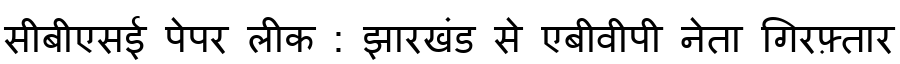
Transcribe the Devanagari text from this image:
सीबीएसई पेपर लीक : झारखंड से एबीवीपी नेता गिरफ़्तार